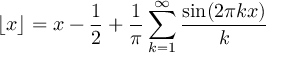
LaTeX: \lfloor x \rfloor = x - { \frac { 1 } { 2 } } + { \frac { 1 } { \pi } } \sum _ { k = 1 } ^ { \infty } { \frac { \sin ( 2 \pi k x ) } { k } }